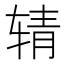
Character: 𰺉